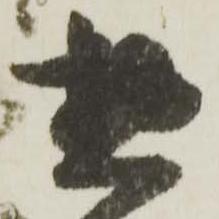
惣